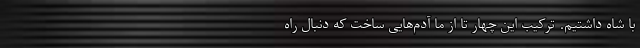
با شاه داشتیم. ترکیب این چهار تا از ما آدم‌هایی ساخت که دنبال راه